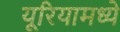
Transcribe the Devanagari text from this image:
यूरियामध्ये